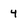
Character: 4